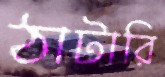
ঠাটারি